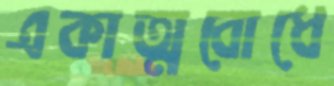
একাত্মবোধে